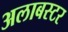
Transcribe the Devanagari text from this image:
अलाबस्टर